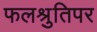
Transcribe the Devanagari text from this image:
फलश्रुतिपर